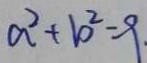
a ^ { 2 } + b ^ { 2 } = 9 .